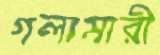
গলামারী